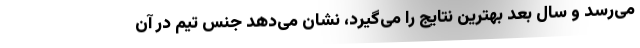
می‌رسد و سال بعد بهترین نتایج را می‌گیرد، نشان می‌دهد جنس تیم در آن